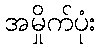
အမှိုက်ပုံး